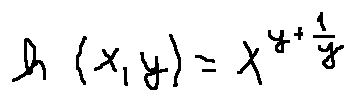
h ( x , y ) = x ^ { y + \frac { 1 } { y } }